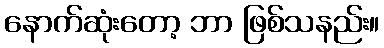
နောက်ဆုံးတော့ ဘာ ဖြစ်သနည်း။